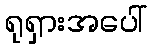
ရုရှားအပေါ်